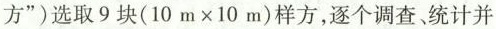
方”)选取9块$$ $$( 10 m × 10 m)$$ $$样方，逐个调查、统计并